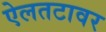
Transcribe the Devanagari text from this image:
ऐलतटावर